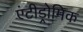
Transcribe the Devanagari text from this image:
एंटीड्रोमिक